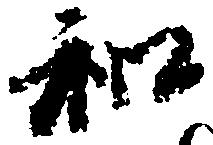
和